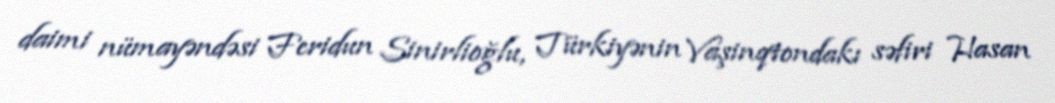
daimi nümayəndəsi Feridun Sinirlioğlu, Türkiyənin Vaşinqtondakı səfiri Hasan